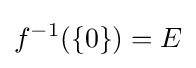
f^{-1}(\{0\})=E